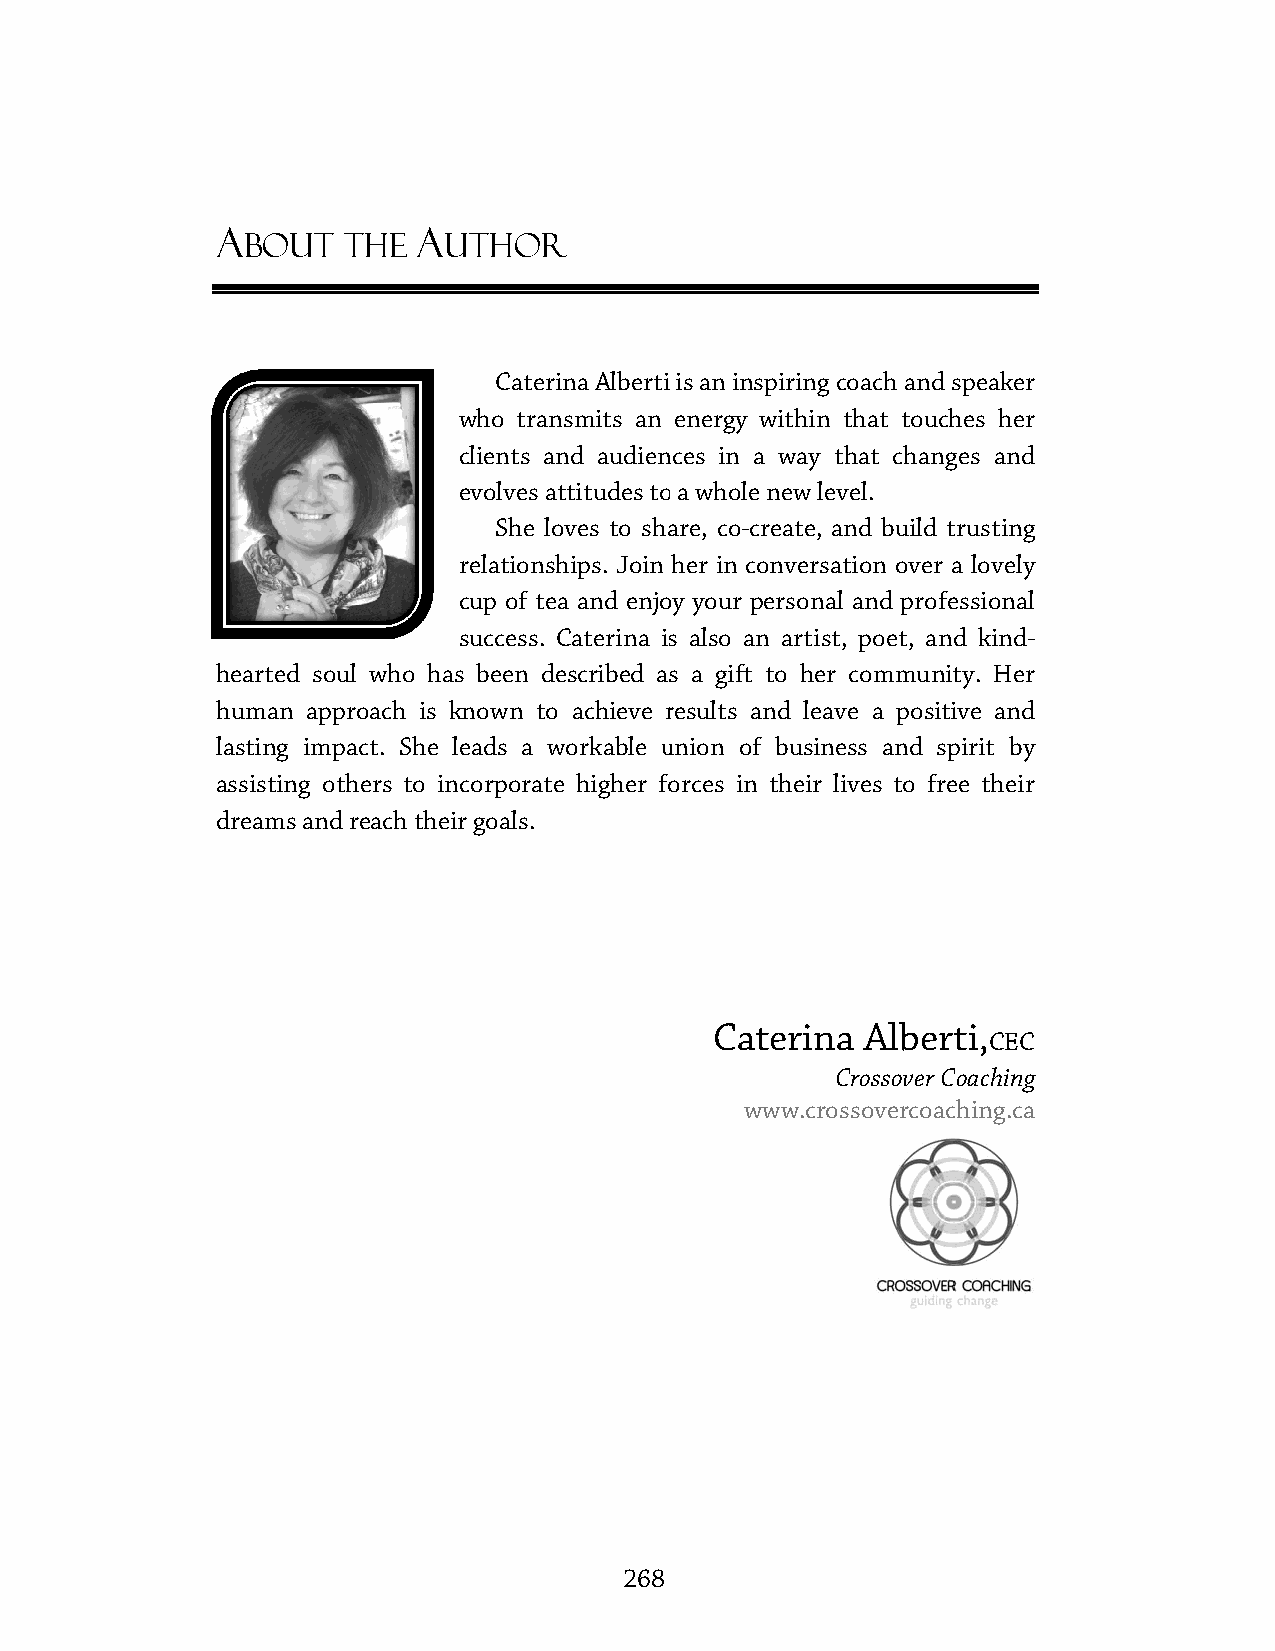
A             A
 BOUT   THE   UTHOR
 Caterina AAllbbeerrttii is an inspiring coach and speaker
 wwhhoo ttrraannssmmiittss aann eenneerrggyy wwiitthhiinn tthhaatt ttoouucchheess hheerr
 cclliieennttss aanndd aauuddiieennccees in a way that changes and
 eevvoollvveess aattttiittuuddeess ttoo aa wwhhoollee nneeww lleevveell..
 SShhee lloovveess ttoo sshhaarree,, ccoo-create, and build trusting
 rreellaattiioonnsshhiippss.. JJooiinn hheerr iinn ccoonnvveerrssaattiioonn oovveerr aa lloovveellyy
 ccuupp ooff tteeaa aanndd eennjjooyy yyoouurr ppeerrssoonnaall aanndd pprrooffeessssiioonnaall
 success. CCaatteerriinnaa iiss aallssoo aann aarrttiisstt,, ppooeett, and kind-
 hearted soul who hhaass bbeeeenn ddeessccrriibbeedd aass aa ggiifftt ttoo hheerr ccoommmmuunniittyy.. HHeerr
 human approach is kknnoowwnn ttoo aacchhiieevvee rreessuullttss aanndd lleeaavvee aa ppoossiittiivvee aanndd
 llaassttiinngg iimmppaacctt.. SShhee lleeaaddss aa wwoorrkkaabbllee uunniioonn of business and spirit by
 aassssiissttiinngg ootthheerrss ttoo iinnccoorrppoorraattee hhiigghheerr ffoorrcceess iinn tthheeiirr lliivveess ttoo ffrreeee tthheeiirr
 dreams and reach their goals.
 Caterina  Alberti,
 CEC
 Crossover Coaching
 www.crossovercoaching.ca
 268